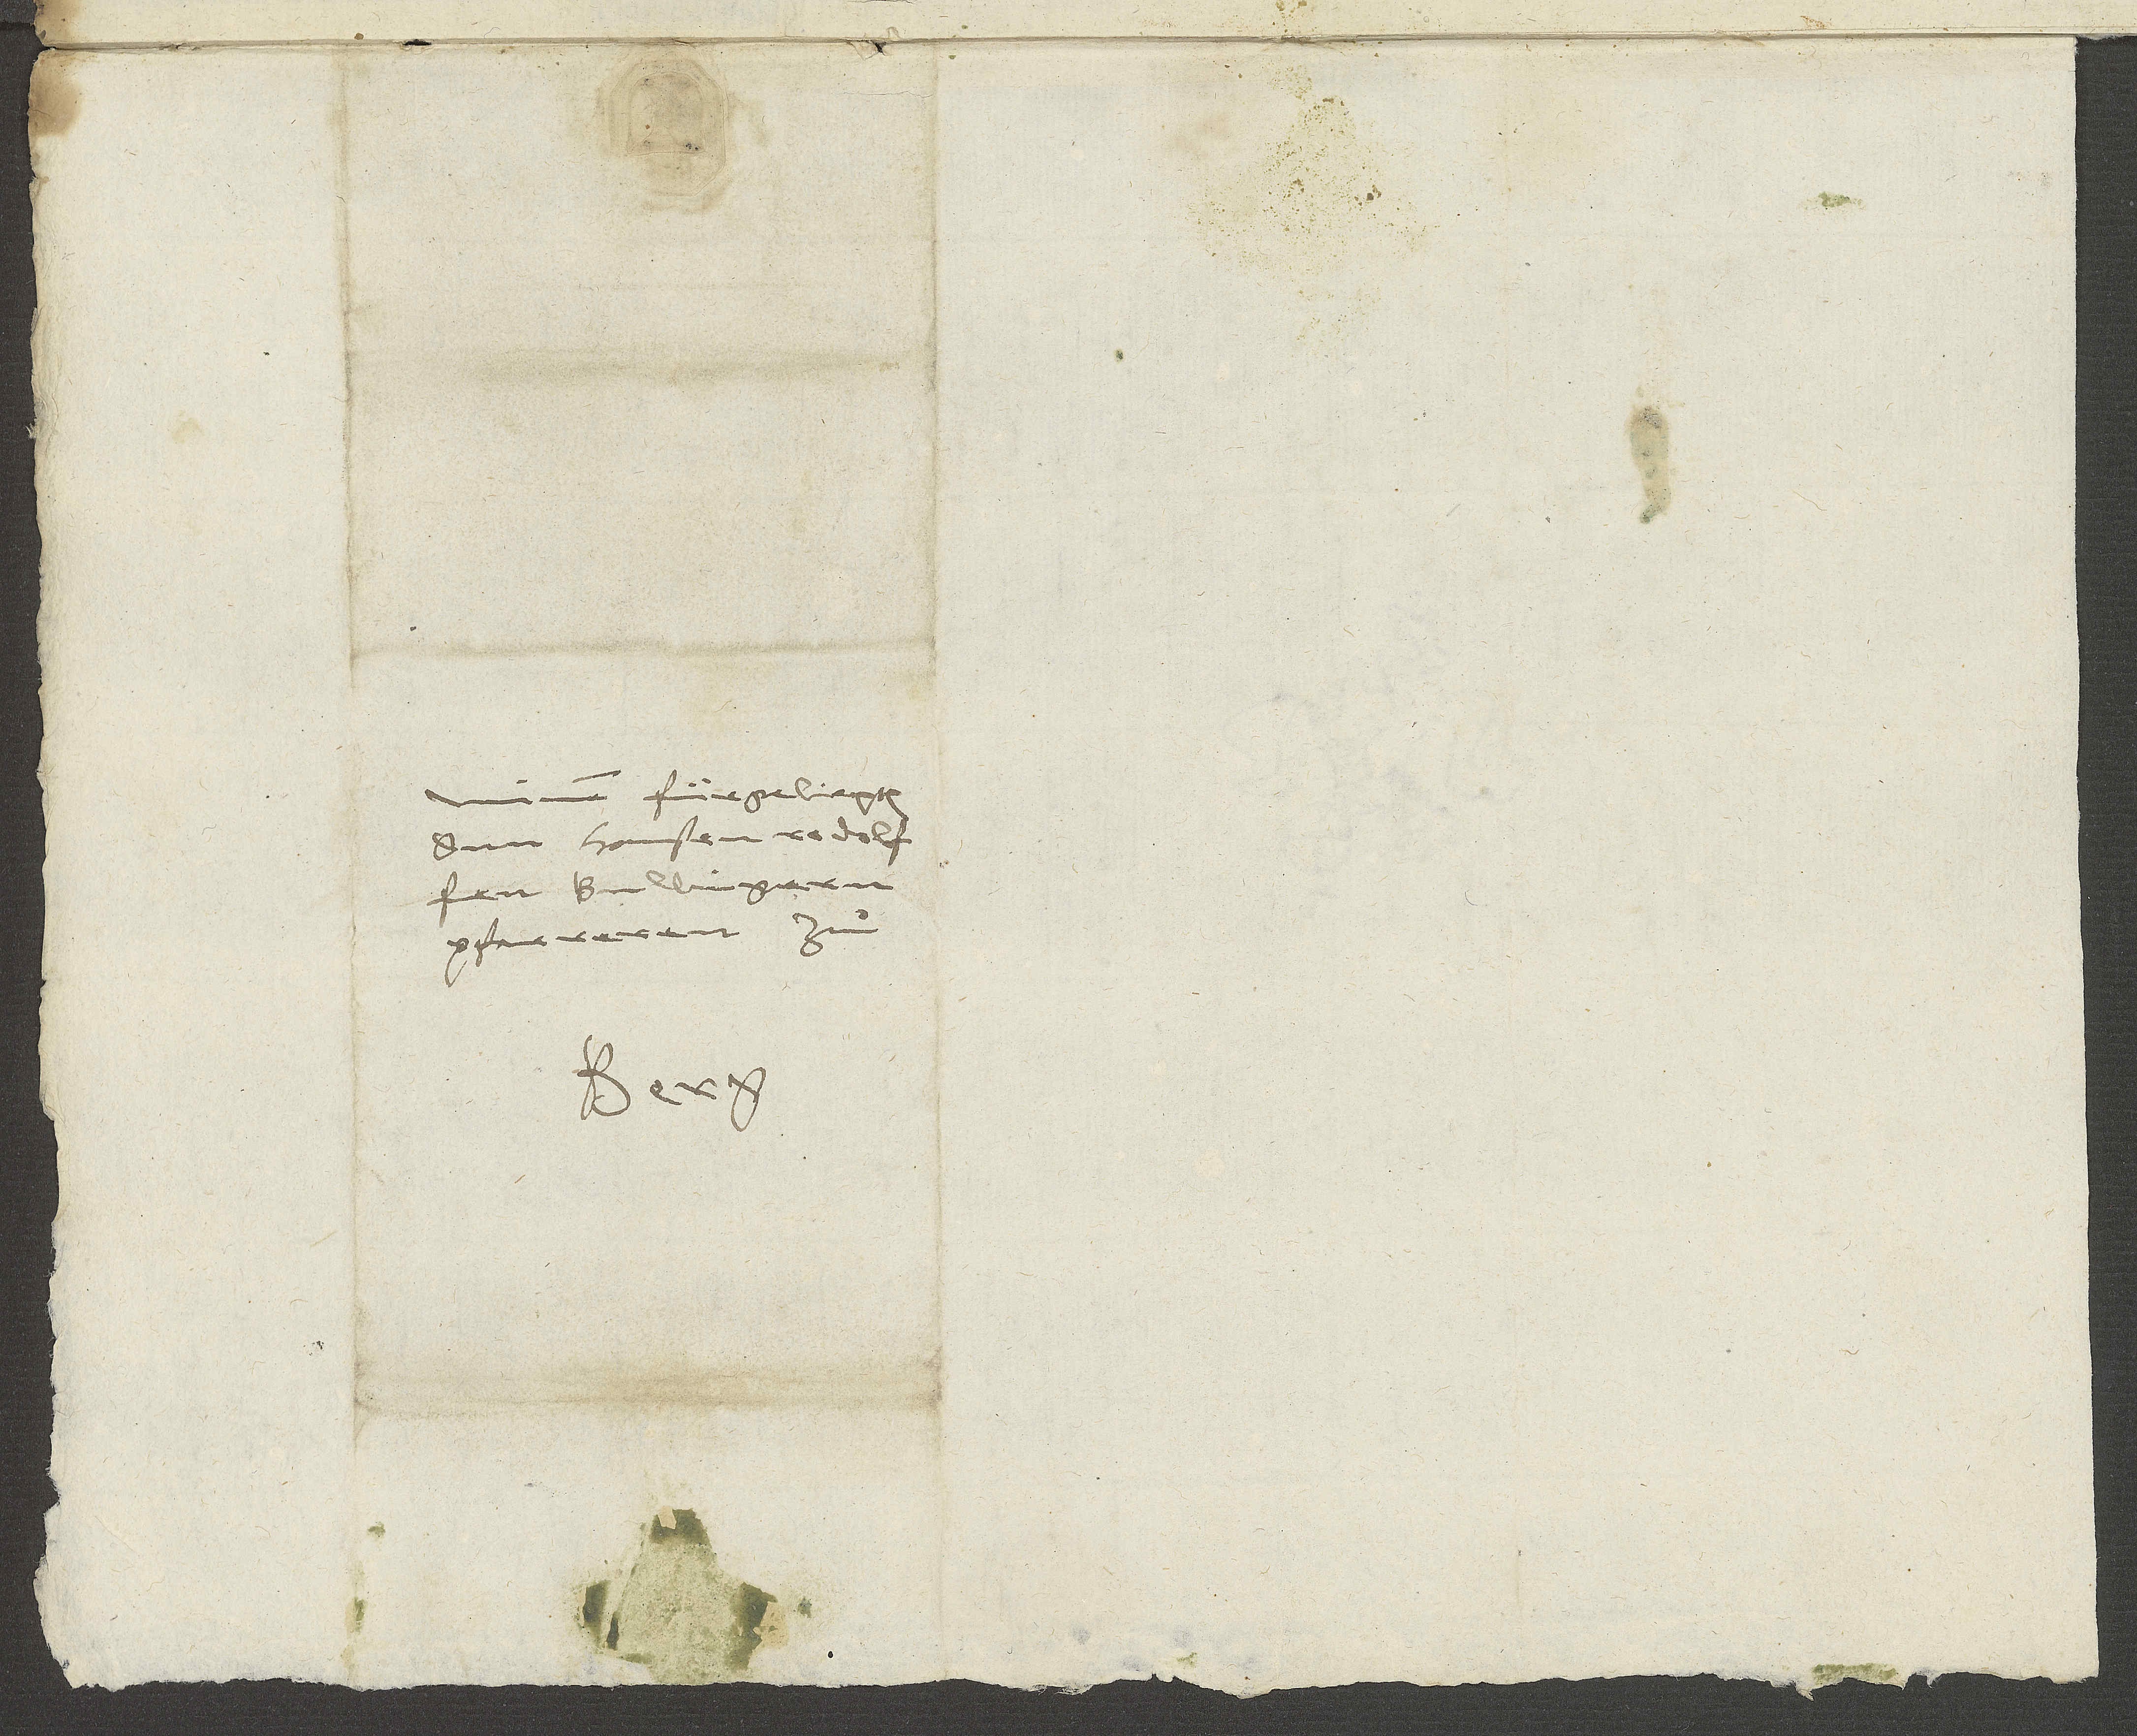
fürgeliepten
pfarreren zuͦ
Berg.